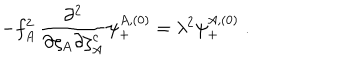
- f _ { A } ^ { 2 } \, { \frac { \partial ^ { 2 } } { \partial \zeta _ { A } \partial \zeta _ { A } ^ { c } } } \psi _ { + } ^ { A , ( 0 ) } = \lambda ^ { 2 } \psi _ { + } ^ { A , ( 0 ) } \; .